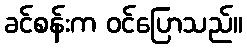
ခင်စန်းက ဝင်ပြောသည်။